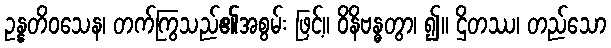
ဥန္နတိဝသေန၊ တက်ကြွသည်၏အစွမ်း ဖြင့်။ ဝိနိဗန္ဓတွာ၊ ၍။ ဌိတဿ၊ တည်သော